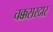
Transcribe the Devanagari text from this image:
चक्कसरदार